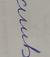
Signature authenticity: forged